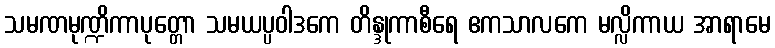
သမဏမုဏ္ဍိကာပုတ္တော သမယပ္ပဝါဒကေ တိန္ဒုကာစီရေ ဧကသာလကေ မလ္လိကာယ အာရာမေ